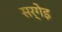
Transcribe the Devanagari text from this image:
सर्गेइ